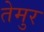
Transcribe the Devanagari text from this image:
तेमुर